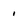
Character: 1